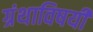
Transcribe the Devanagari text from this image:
ग्रंथाविषयीं